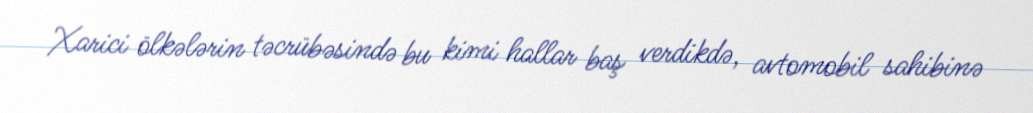
Xarici ölkələrin təcrübəsində bu kimi hallar baş verdikdə, avtomobil sahibinə